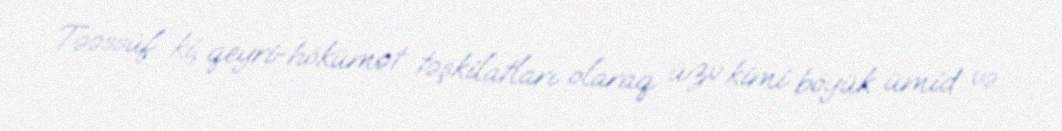
Təəssüf ki, qeyri-hökümət təşkilatları olaraq üzv kimi böyük ümid və